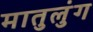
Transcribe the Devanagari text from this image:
मातुलुंग